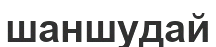
шаншудай